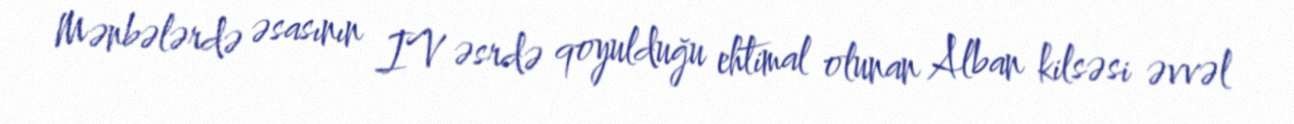
Mənbələrdə əsasının IV əsrdə qoyulduğu ehtimal olunan Alban kilsəsi əvvəl